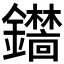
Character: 𫓞